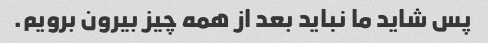
پس شاید ما نباید بعد از همه چیز بیرون برویم.